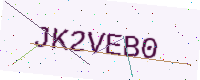
Text: JK2VEB0